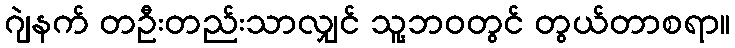
ဂျဲနက် တဦးတည်းသာလျှင် သူ့ဘဝတွင် တွယ်တာစရာ။